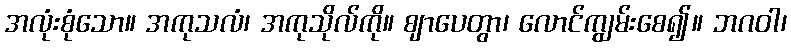
အလုံးစုံသော။ အကုသလံ၊ အကုသိုလ်ကို။ ဈာပေတွာ၊ လောင်ကျွမ်းစေ၍။ ဘဂဝါ၊